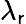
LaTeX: \lambda_{\mathsf{r}}